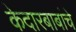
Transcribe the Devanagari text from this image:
केदारबाबांचे